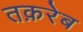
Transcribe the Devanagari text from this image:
तक़रेब